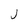
Character: J